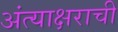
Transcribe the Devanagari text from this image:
अंत्याक्षराची